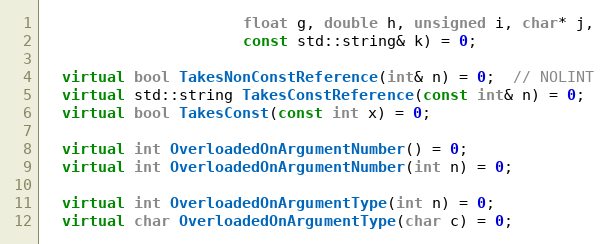
Language: C++
                      float g, double h, unsigned i, char* j,
                      const std::string& k) = 0;

  virtual bool TakesNonConstReference(int& n) = 0;  // NOLINT
  virtual std::string TakesConstReference(const int& n) = 0;
  virtual bool TakesConst(const int x) = 0;

  virtual int OverloadedOnArgumentNumber() = 0;
  virtual int OverloadedOnArgumentNumber(int n) = 0;

  virtual int OverloadedOnArgumentType(int n) = 0;
  virtual char OverloadedOnArgumentType(char c) = 0;